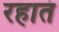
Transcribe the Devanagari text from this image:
रहातं